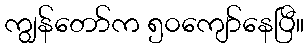
ကျွန်တော်က ၅၀ကျော်နေပြီ။